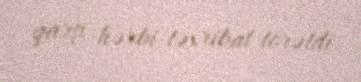
qarşı hərbi təxribat törətdi.